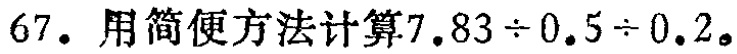
67. 用简便方法计算\(7.83\div0.5\div0.2\)。